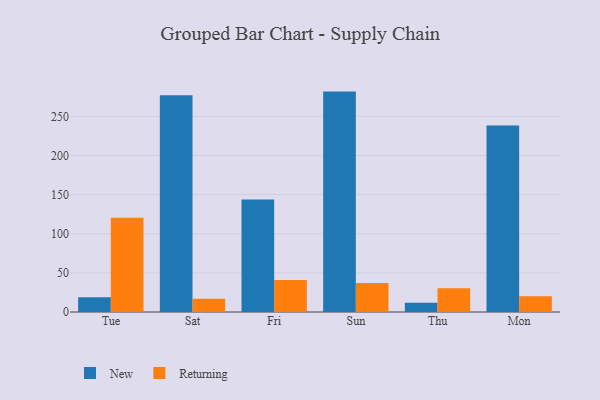
{"axis": {"x": "Day", "y": "Satisfaction Score"}, "legend": ["New", "Returning"], "data": [{"x": "Tue", "y": 19.0, "type": "New"}, {"x": "Tue", "y": 120.4, "type": "Returning"}, {"x": "Sat", "y": 276.9, "type": "New"}, {"x": "Sat", "y": 16.8, "type": "Returning"}, {"x": "Fri", "y": 143.6, "type": "New"}, {"x": "Fri", "y": 40.8, "type": "Returning"}, {"x": "Sun", "y": 281.6, "type": "New"}, {"x": "Sun", "y": 37.1, "type": "Returning"}, {"x": "Thu", "y": 11.9, "type": "New"}, {"x": "Thu", "y": 30.2, "type": "Returning"}, {"x": "Mon", "y": 238.2, "type": "New"}, {"x": "Mon", "y": 20.2, "type": "Returning"}]}